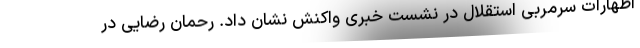
اظهارات سرمربی استقلال در نشست خبری واکنش نشان داد. رحمان رضایی در